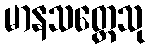
မာနသတ္တေသု